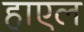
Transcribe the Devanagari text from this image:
हाएल